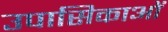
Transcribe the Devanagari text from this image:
उपासिकाओं